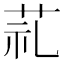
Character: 𦮲